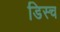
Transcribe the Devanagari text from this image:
डिस्च